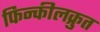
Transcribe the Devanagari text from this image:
फिन्कीलक्रुत